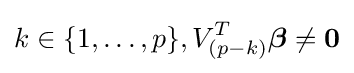
k\in \{1,\ldots ,p\},V_{(p-k)}^{T}{\boldsymbol {\beta }}\neq \mathbf {0}